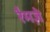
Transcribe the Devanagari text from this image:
रैमज़े